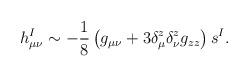
LaTeX: \begin{align*}h^I_{\mu\nu} \sim - \frac{1}{8} \left( g_{\mu\nu} + 3 \delta^z_\mu\delta^z_\nu g_{zz} \right) s^I.\end{align*}